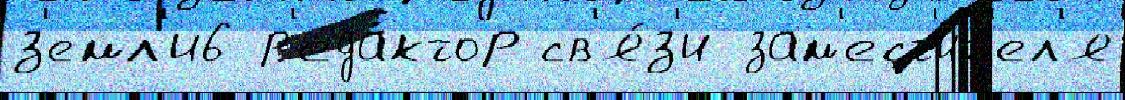
з'емл'и6 р'еда́ктор св'я́з'и зам'ест'и́т'ел'я